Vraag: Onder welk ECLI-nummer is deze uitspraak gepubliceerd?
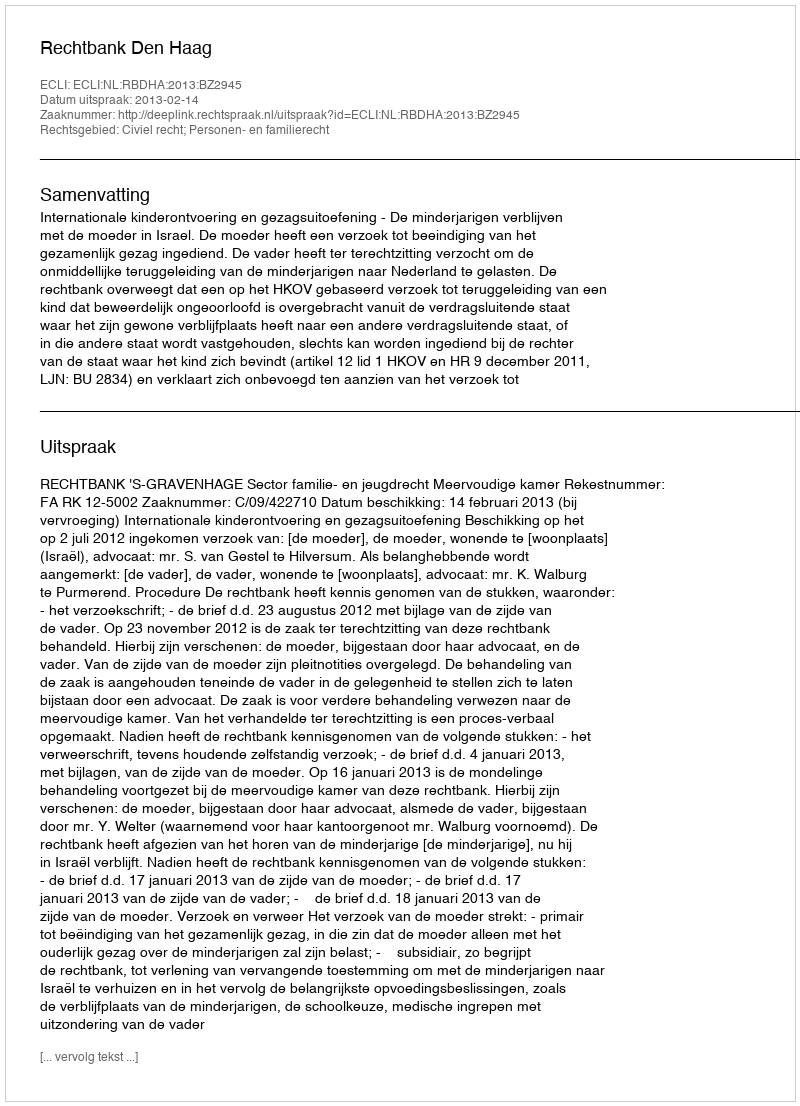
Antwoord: ECLI:NL:RBDHA:2013:BZ2945